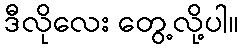
ဒီလိုလေး တွေ့လို့ပါ။